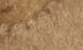
الزهرة